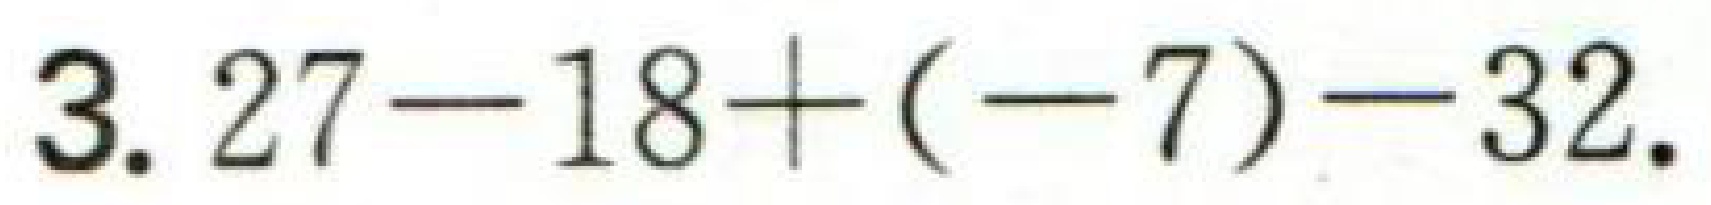
$3.27 - 18 + (-7) - 32.$